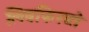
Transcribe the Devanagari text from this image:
लिबफिख्ते